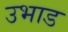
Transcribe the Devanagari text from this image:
उभाड